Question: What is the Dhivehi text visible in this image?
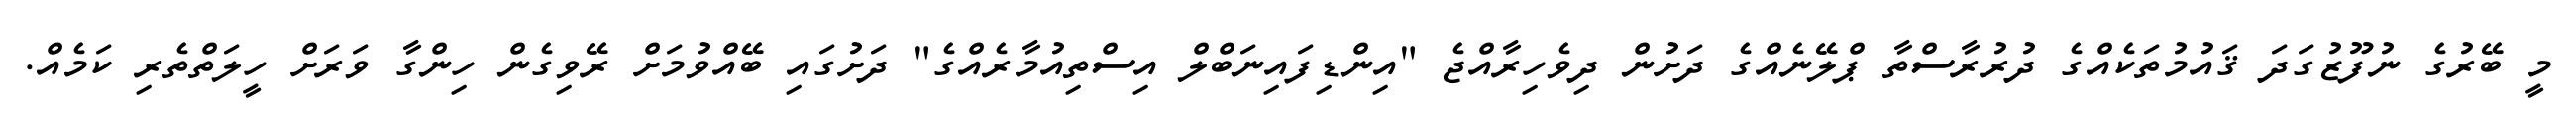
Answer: މީ ބޭރުގެ ނުފޫޒުގަދަ ޤައުމުތަކެއްގެ ދުރުރާސްތާ ޕްލޭނެއްގެ ދަށުން ދިވެހިރާއްޖެ "އިންޑިފައިނަބްލް އިސްތިއުމާރެއްގެ" ދަށުގައި ބޭއްވުމަށް ރޭވިގެން ހިންގާ ވަރަށް ހީލަތްތެރި ކަމެއް.